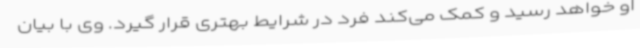
او خواهد رسید و کمک می‌کند فرد در شرایط بهتری قرار گیرد. وی با بیان